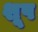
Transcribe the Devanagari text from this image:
शूप